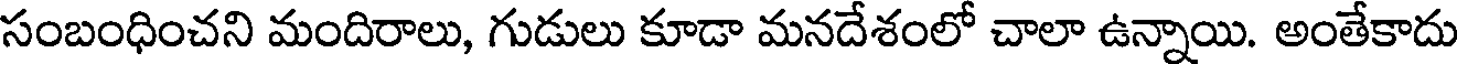
సంబంధించని మందిరాలు, గుడులు కూడా మనదేశంలో చాలా ఉన్నాయి. అంతేకాదు